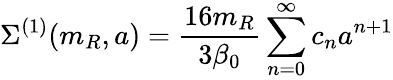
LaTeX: \Sigma^{(1)}(m_{R},a)=\frac{16m_{R}}{3\beta_{0}}\sum_{n=0}^{\infty}c_{n}a^{n+1}